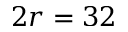
2 r = 3 2